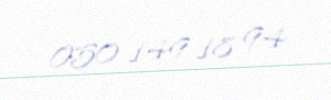
050 149 18 94